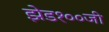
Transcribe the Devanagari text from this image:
झेड१००जी